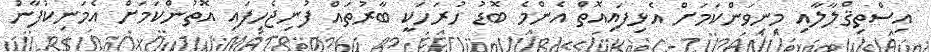
އިސްތިޤްލާލާއި މިނިވަންކަމަށް އެޅިފައިއޮތް އެންމެ ބޮޑު ހުރަހަކީ ބާރުތައް ފުނިޖެހިފައި އޮތުންކަމަށް އެމަނިކުފާނު